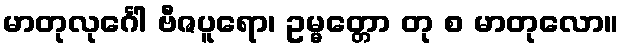
မာတုလုင်္ဂေါ ဗီဇပူရော၊ ဥမ္မတ္တော တု စ မာတုလော။